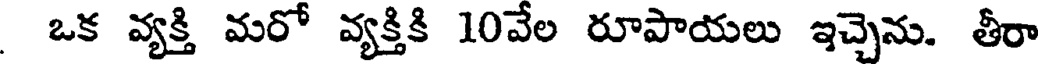
ఒక వ్యక్తి మరో వ్యక్తికి 10వేల రూపాయలు ఇచ్చెను. తీరా